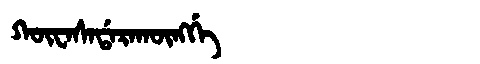
Manchu: ᡴᡡᠸᠠᠰᠠᡩᠠᡵᠠᡴᡡᠩᡤᡝ
Romanization: KŪWASADARAKŪNGGE